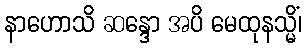
နာဟောသိ ဆန္ဒော အပိ မေထုနသ္မိံ၊